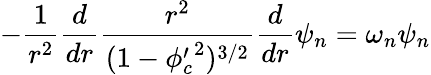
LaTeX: -\frac{1}{r^{2}}\frac{d}{dr}\frac{r^{2}}{(1-{\phi_{c}^{\prime}}^{2})^{3/2}}\frac{d}{dr}\psi_{n}=\omega_{n}\psi_{n}